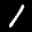
Label: 1